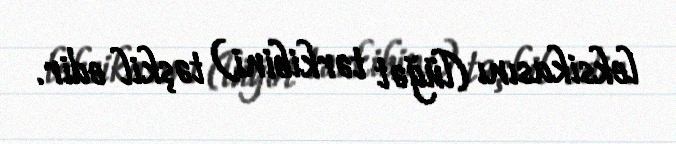
leksikasını (lüğət tərkibini) təşkil edir.